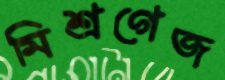
মিশ্রগেজ